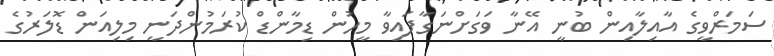
ސަމަރްވީގެ އާއިލާއިން ބުނީ އޭނާ ވަގަށްނަގާފައިވާ މީހުން ޑިމާންޑް ކުރަމުންދަނީ މިލިއަން ޑޮލަރުގެ